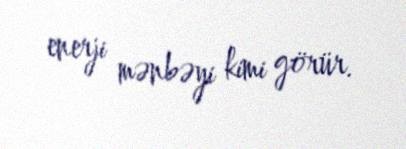
enerji mənbəyi kimi görür.